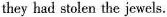
they had stolen the jewels.